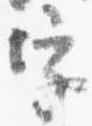
字